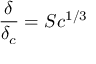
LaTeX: { \frac { \delta } { \delta _ { c } } } = S c ^ { 1 / 3 }